Indian journal of veterinary science and animal husbandry - Volumes 18-21, 1948-1951
Year: 1948
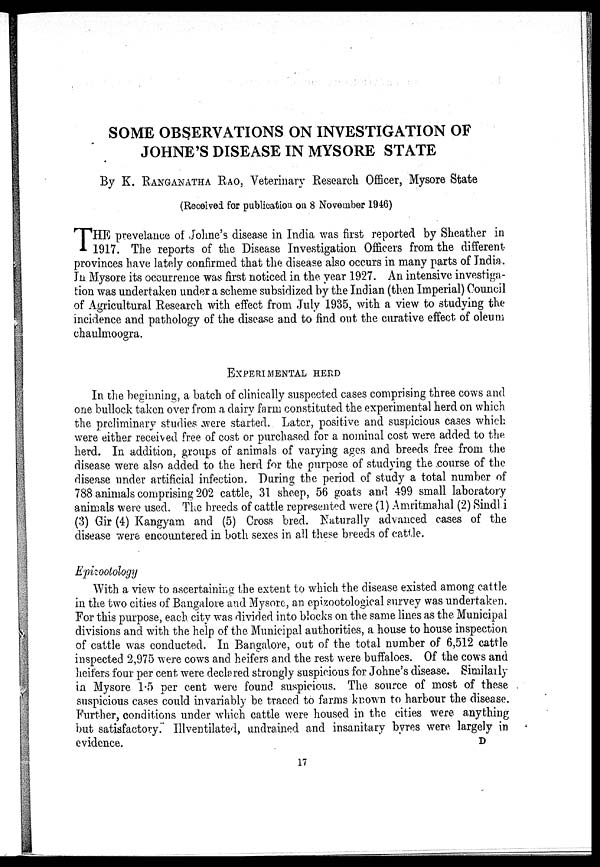
SOME OBSERVATIONS ON INVESTIGATION OF
JOHNE'S DISEASE IN MYSORE STATE
By K. RANGANATHA RAO, Veterinary Research Officer, Mysore State
(Received for publication on 8 November 1946)
T HE prevelance of Johne's disease in India was first reported by Sheather in
1917. The reports of the Disease Investigation Officers from the different
provinces have lately confirmed that the disease also occurs in many parts of India.
In Mysore its occurrence was first noticed in the year 1927. An intensive investiga-
tion was undertaken under a scheme subsidized by the Indian (then Imperial) Council
of Agricultural Research with effect from July 1935, with a view to studying the
incidence and pathology of the disease and to find out the curative effect of oleum
chaulmoogra.
EXPERIMENTAL HERD
In the beginning, a batch of clinically suspected cases comprising three cows and
one bullock taken over from a dairy farm constituted the experimental herd on which
the preliminary studies were started. Later, positive and suspicious cases which
were either received free of cost or purchased for a nominal cost were added to the
herd. In addition, groups of animals of varying ages and breeds free from the
disease were also added to the herd for the purpose of studying the course of the
disease under artificial infection. During the period of study a total number of
788 animals comprising 202 cattle, 31 sheep, 56 goats and 499 small laboratory
animals were used. The breeds of cattle represented were (1) Amritmahal (2) Sindl i
(3) Gir (4) Kangyam and (5) Cross bred. Naturally advanced cases of the
disease were encountered in both sexes in all these breeds of cattle.
Epizootology
With a view to ascertaining the extent to which the disease existed among cattle
in the two cities of Bangalore and Mysore, an epizootological survey was undertaken.
For this purpose, each city was divided into blocks on the same lines as the Municipal
divisions and with the help of the Municipal authorities, a house to house inspection
of cattle was conducted. In Bangalore, out of the total number of 6,512 cattle
inspected 2,975 were cows and heifers and the rest were buffaloes. Of the cows and
heifers four per cent were declared strongly suspicious for Johne's disease. Similarly
in Mysore 1.5 per cent were found suspicious. The source of most of these
suspicious cases could invariably be traced to farms known to harbour the disease.
Further, conditions under which cattle were housed in the cities were anything
but satisfactory. Illventilated, undrained and insanitary byres were largely in
evidence.
D
17